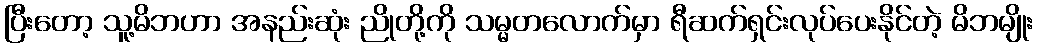
ပြီးတော့ သူ့မိဘဟာ အနည်းဆုံး ညိုတို့ကို သမ္မတလောက်မှာ ရီဆက်ရှင်းလုပ်ပေးနိုင်တဲ့ မိဘမျိုး